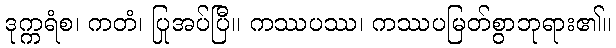
ဒုက္ကရံစ၊ ကတံ၊ ပြုအပ်ပြီ။ ကဿပဿ၊ ကဿပမြတ်စွာဘုရား၏။